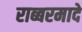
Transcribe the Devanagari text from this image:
राब्बरमादे